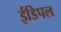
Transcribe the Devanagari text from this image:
ईडिपल